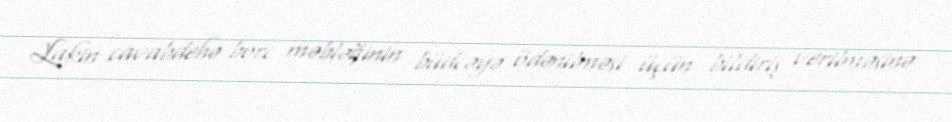
Lakin cavabdehə borc məbləğinin büdcəyə ödənilməsi üçün bildiriş verilməsinə